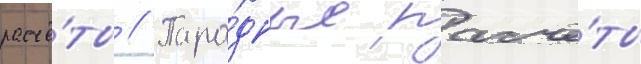
расчё́ты // Пара́дные расчё́ты